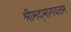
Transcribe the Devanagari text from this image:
श्रीमद्भागवतम